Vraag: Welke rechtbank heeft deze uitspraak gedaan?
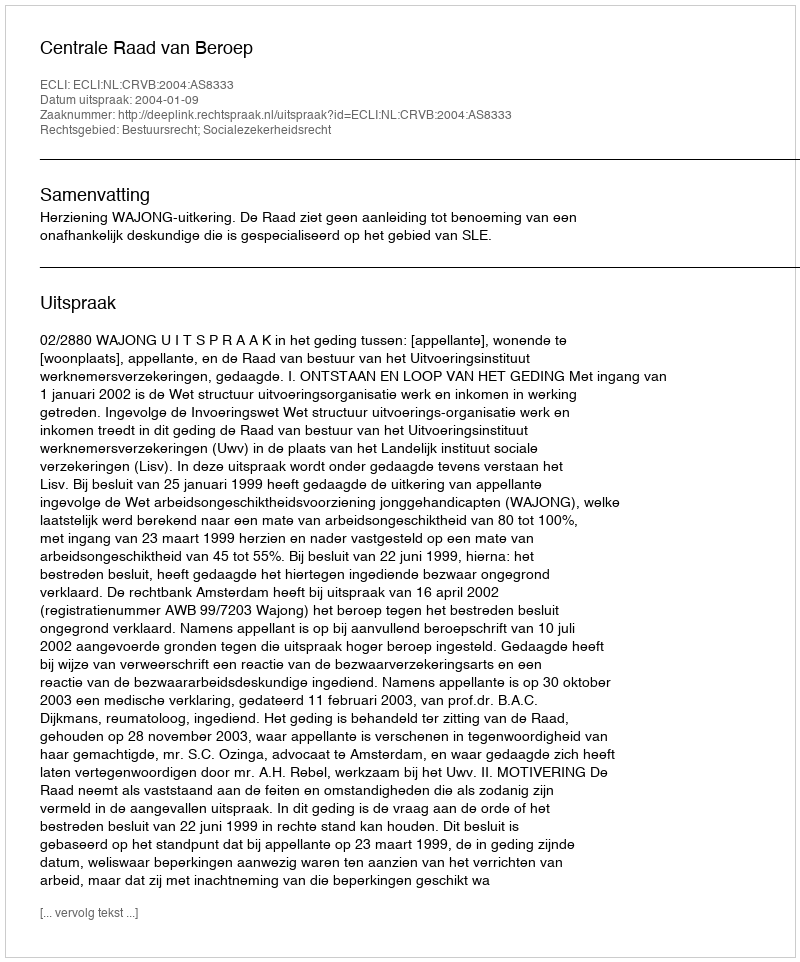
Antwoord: Centrale Raad van Beroep